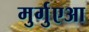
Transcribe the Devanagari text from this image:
मुर्गुएआ